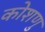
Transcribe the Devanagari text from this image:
कोशणु